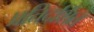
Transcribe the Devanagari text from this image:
प्रतिदर्शित